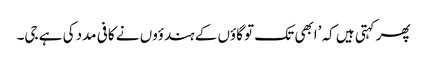
پھر کہتی ہیں کہ ’ابھی تک تو گاؤں کے ہندؤوں نے کافی مدد کی ہے جی۔